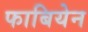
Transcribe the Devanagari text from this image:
फाबियेन